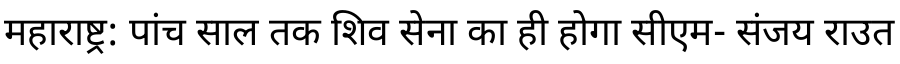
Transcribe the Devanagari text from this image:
महाराष्ट्र: पांच साल तक शिव सेना का ही होगा सीएम- संजय राउत